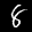
Label: 8